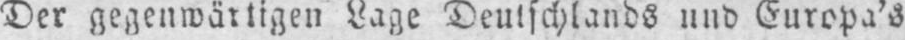
Der gegenwärtigen Lage Deutschlands und Europa’s